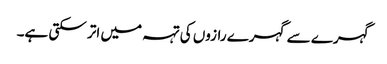
گہرے سے گہرے رازوں کی تہہ میں اتر سکتی ہے۔